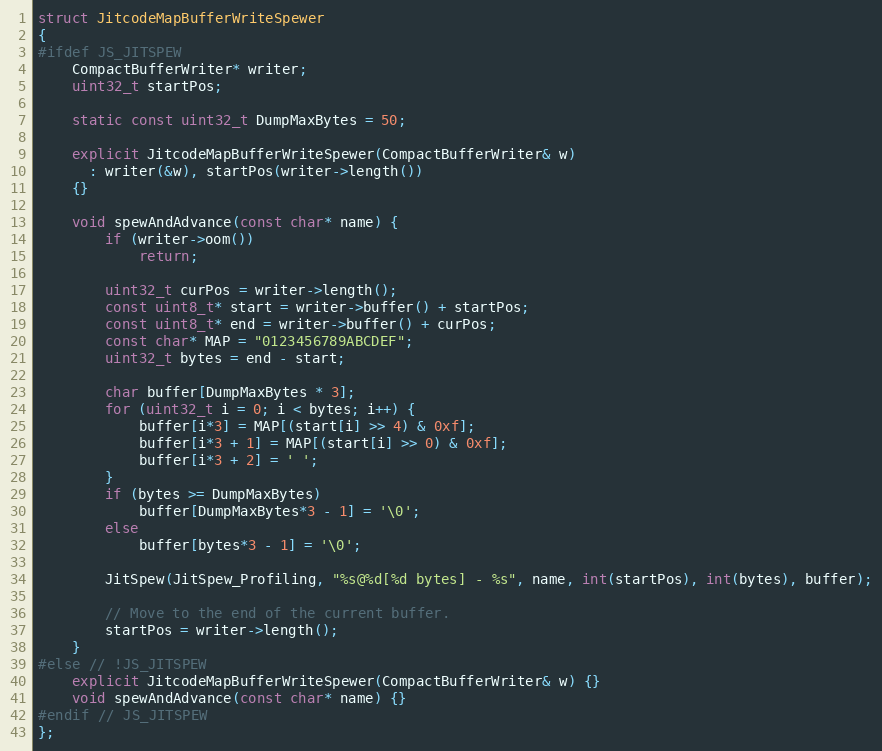
Language: C++
struct JitcodeMapBufferWriteSpewer
{
#ifdef JS_JITSPEW
    CompactBufferWriter* writer;
    uint32_t startPos;

    static const uint32_t DumpMaxBytes = 50;

    explicit JitcodeMapBufferWriteSpewer(CompactBufferWriter& w)
      : writer(&w), startPos(writer->length())
    {}

    void spewAndAdvance(const char* name) {
        if (writer->oom())
            return;

        uint32_t curPos = writer->length();
        const uint8_t* start = writer->buffer() + startPos;
        const uint8_t* end = writer->buffer() + curPos;
        const char* MAP = "0123456789ABCDEF";
        uint32_t bytes = end - start;

        char buffer[DumpMaxBytes * 3];
        for (uint32_t i = 0; i < bytes; i++) {
            buffer[i*3] = MAP[(start[i] >> 4) & 0xf];
            buffer[i*3 + 1] = MAP[(start[i] >> 0) & 0xf];
            buffer[i*3 + 2] = ' ';
        }
        if (bytes >= DumpMaxBytes)
            buffer[DumpMaxBytes*3 - 1] = '\0';
        else
            buffer[bytes*3 - 1] = '\0';

        JitSpew(JitSpew_Profiling, "%s@%d[%d bytes] - %s", name, int(startPos), int(bytes), buffer);

        // Move to the end of the current buffer.
        startPos = writer->length();
    }
#else // !JS_JITSPEW
    explicit JitcodeMapBufferWriteSpewer(CompactBufferWriter& w) {}
    void spewAndAdvance(const char* name) {}
#endif // JS_JITSPEW
};